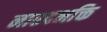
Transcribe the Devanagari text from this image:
नारदभक्ति